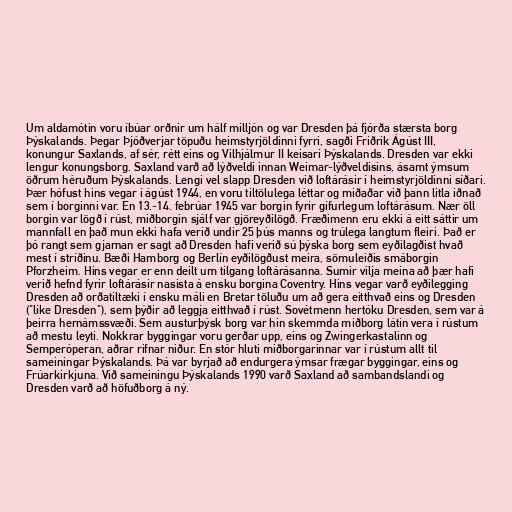
Um aldamótin voru íbúar orðnir um hálf milljón og var Dresden þá fjórða stærsta borg
Þýskalands. Þegar Þjóðverjar töpuðu heimstyrjöldinni fyrri, sagði Friðrik Ágúst III,
konungur Saxlands, af sér, rétt eins og Vilhjálmur II keisari Þýskalands. Dresden var ekki
lengur konungsborg. Saxland varð að lýðveldi innan Weimar-lýðveldisins, ásamt ýmsum
öðrum héruðum Þýskalands. Lengi vel slapp Dresden við loftárásir í heimstyrjöldinni síðari.
Þær hófust hins vegar í ágúst 1944, en voru tiltölulega léttar og miðaðar við þann litla iðnað
sem í borginni var. En 13.-14. febrúar 1945 var borgin fyrir gífurlegum loftárásum. Nær öll
borgin var lögð í rúst, miðborgin sjálf var gjöreyðilögð. Fræðimenn eru ekki á eitt sáttir um
mannfall en það mun ekki hafa verið undir 25 þús manns og trúlega langtum fleiri. Það er
þó rangt sem gjarnan er sagt að Dresden hafi verið sú þýska borg sem eyðilagðist hvað
mest í stríðinu. Bæði Hamborg og Berlín eyðilögðust meira, sömuleiðis smáborgin
Pforzheim. Hins vegar er enn deilt um tilgang loftárásanna. Sumir vilja meina að þær hafi
verið hefnd fyrir loftárásir nasista á ensku borgina Coventry. Hins vegar varð eyðilegging
Dresden að orðatiltæki í ensku máli en Bretar töluðu um að gera eitthvað eins og Dresden
("like Dresden"), sem þýðir að leggja eitthvað í rúst. Sovétmenn hertóku Dresden, sem var á
þeirra hernámssvæði. Sem austurþýsk borg var hin skemmda miðborg látin vera í rústum
að mestu leyti. Nokkrar byggingar voru gerðar upp, eins og Zwingerkastalinn og
Semperóperan, aðrar rifnar niður. En stór hluti miðborgarinnar var í rústum allt til
sameiningar Þýskalands. Þá var byrjað að endurgera ýmsar frægar byggingar, eins og
Frúarkirkjuna. Við sameiningu Þýskalands 1990 varð Saxland að sambandslandi og
Dresden varð að höfuðborg á ný.